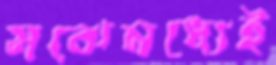
মঝেমধ্যেই